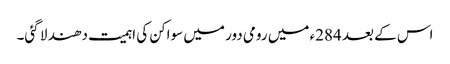
اس کے بعد 284ء میں رومی دور میں سواکن کی اہمیت دھند لا گئی۔